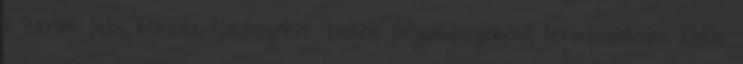
a három falu kínálta élményeket; ennek folyományaként természetesen életbe